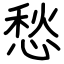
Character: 愁